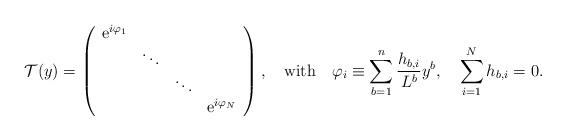
LaTeX: \begin{align*}{\cal T}(y)=\left(\begin{array}{cccc}{\rm e}^{i\varphi_{1}}& & & \\& \ddots & & \\& &\ddots & \\& & & {\rm e}^{i\varphi_{N}}\end{array}\right),\quad {\rm with}\quad \varphi_{i}\equiv \sum_{b=1}^n{h_{b, i}\over L^b}y^b, \quad \sum_{i=1}^N h_{b, i}=0.\end{align*}